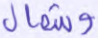
وشمال